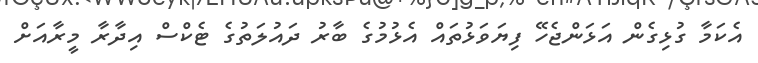
އެކަމާ ގުޅިގެން އަޅަންޖެހޭ ފިޔަވަޅުތައް އެޅުމުގެ ބާރު ދައުލަތުގެ ޓެކްސް އިދާރާ މީރާއަށް